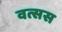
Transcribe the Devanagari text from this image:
वत्सस